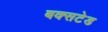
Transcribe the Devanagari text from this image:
बक्सटेड